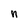
Character: n